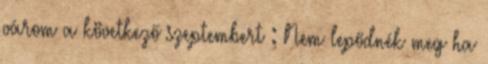
várom a következő szeptembert : Nem lepődnék meg ha